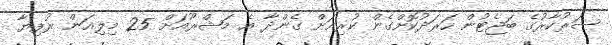
ސަރުކާރުގެ ބަޖެޓުން ހަރަދުކޮށްގެން ކުރިއަށް ގެންދާ އެ މަޝްރޫއަށް 25 މިލިއަން ރުފިޔާ